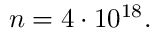
n = 4 \cdot 1 0 ^ { 1 8 } .